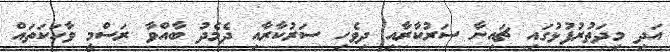
އަދި މިދަތުރުފުޅުގައި ޗައިނާ ސަރުކާރާއި ދިވެހި ސަރުކާރާއި ދެމެދު ބާއްވާ ރަސްމީ ވާހަކަތައް